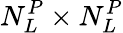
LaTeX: N_{L}^{P}\times N_{L}^{P}